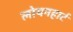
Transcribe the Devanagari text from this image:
लोयनहार्ट